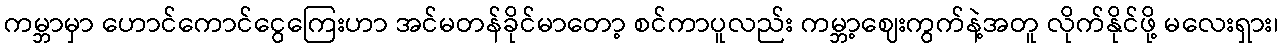
ကမ္ဘာမှာ ဟောင်ကောင်ငွေကြေးဟာ အင်မတန်ခိုင်မာတော့ စင်ကာပူလည်း ကမ္ဘာ့ဈေးကွက်နဲ့အတူ လိုက်နိုင်ဖို့ မလေးရှား၊